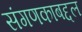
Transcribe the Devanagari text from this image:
संगणकाबद्दल